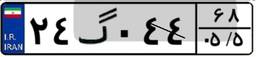
۲۴گ۰۴۴۶۸